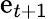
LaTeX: \mathrm{e}_{t+1}